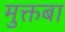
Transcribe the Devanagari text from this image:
मुक्तबा